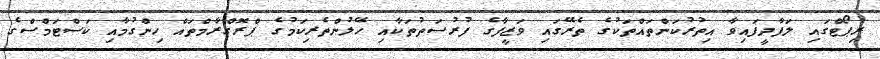
ރިޕޯޓްގައި ލަފާދީފައިވާ އިތުރުކަންތައްތަކުގެ ތެރޭގައި ވަޒީފާގެ ފުރުސަތުތަކާއި ހޭލުންތެރިކަމުގެ ޕްރޮގްރާމްތައް ހިންގުމާއި ކަސްޓަމްސްގެ